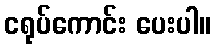
ငရုပ်ကောင်း ပေးပါ။